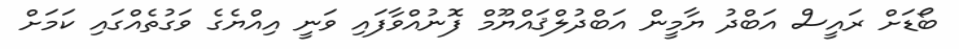
ބޯޑަށް ރައީސް އަބްދު ޔާމީން އަބްދުލްޤައްޔޫމް ފޮނުއްވާފައި ވަނީ އިއްޔެގެ ވަގުތެއްގައި ކަމަށް